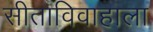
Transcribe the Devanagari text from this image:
सीताविवाहाला